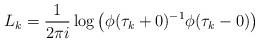
LaTeX: \begin{align*}L_k=\frac{1}{2\pi i}\log\left(\phi(\tau_k+0)^{-1} \phi(\tau_k-0) \right)\end{align*}